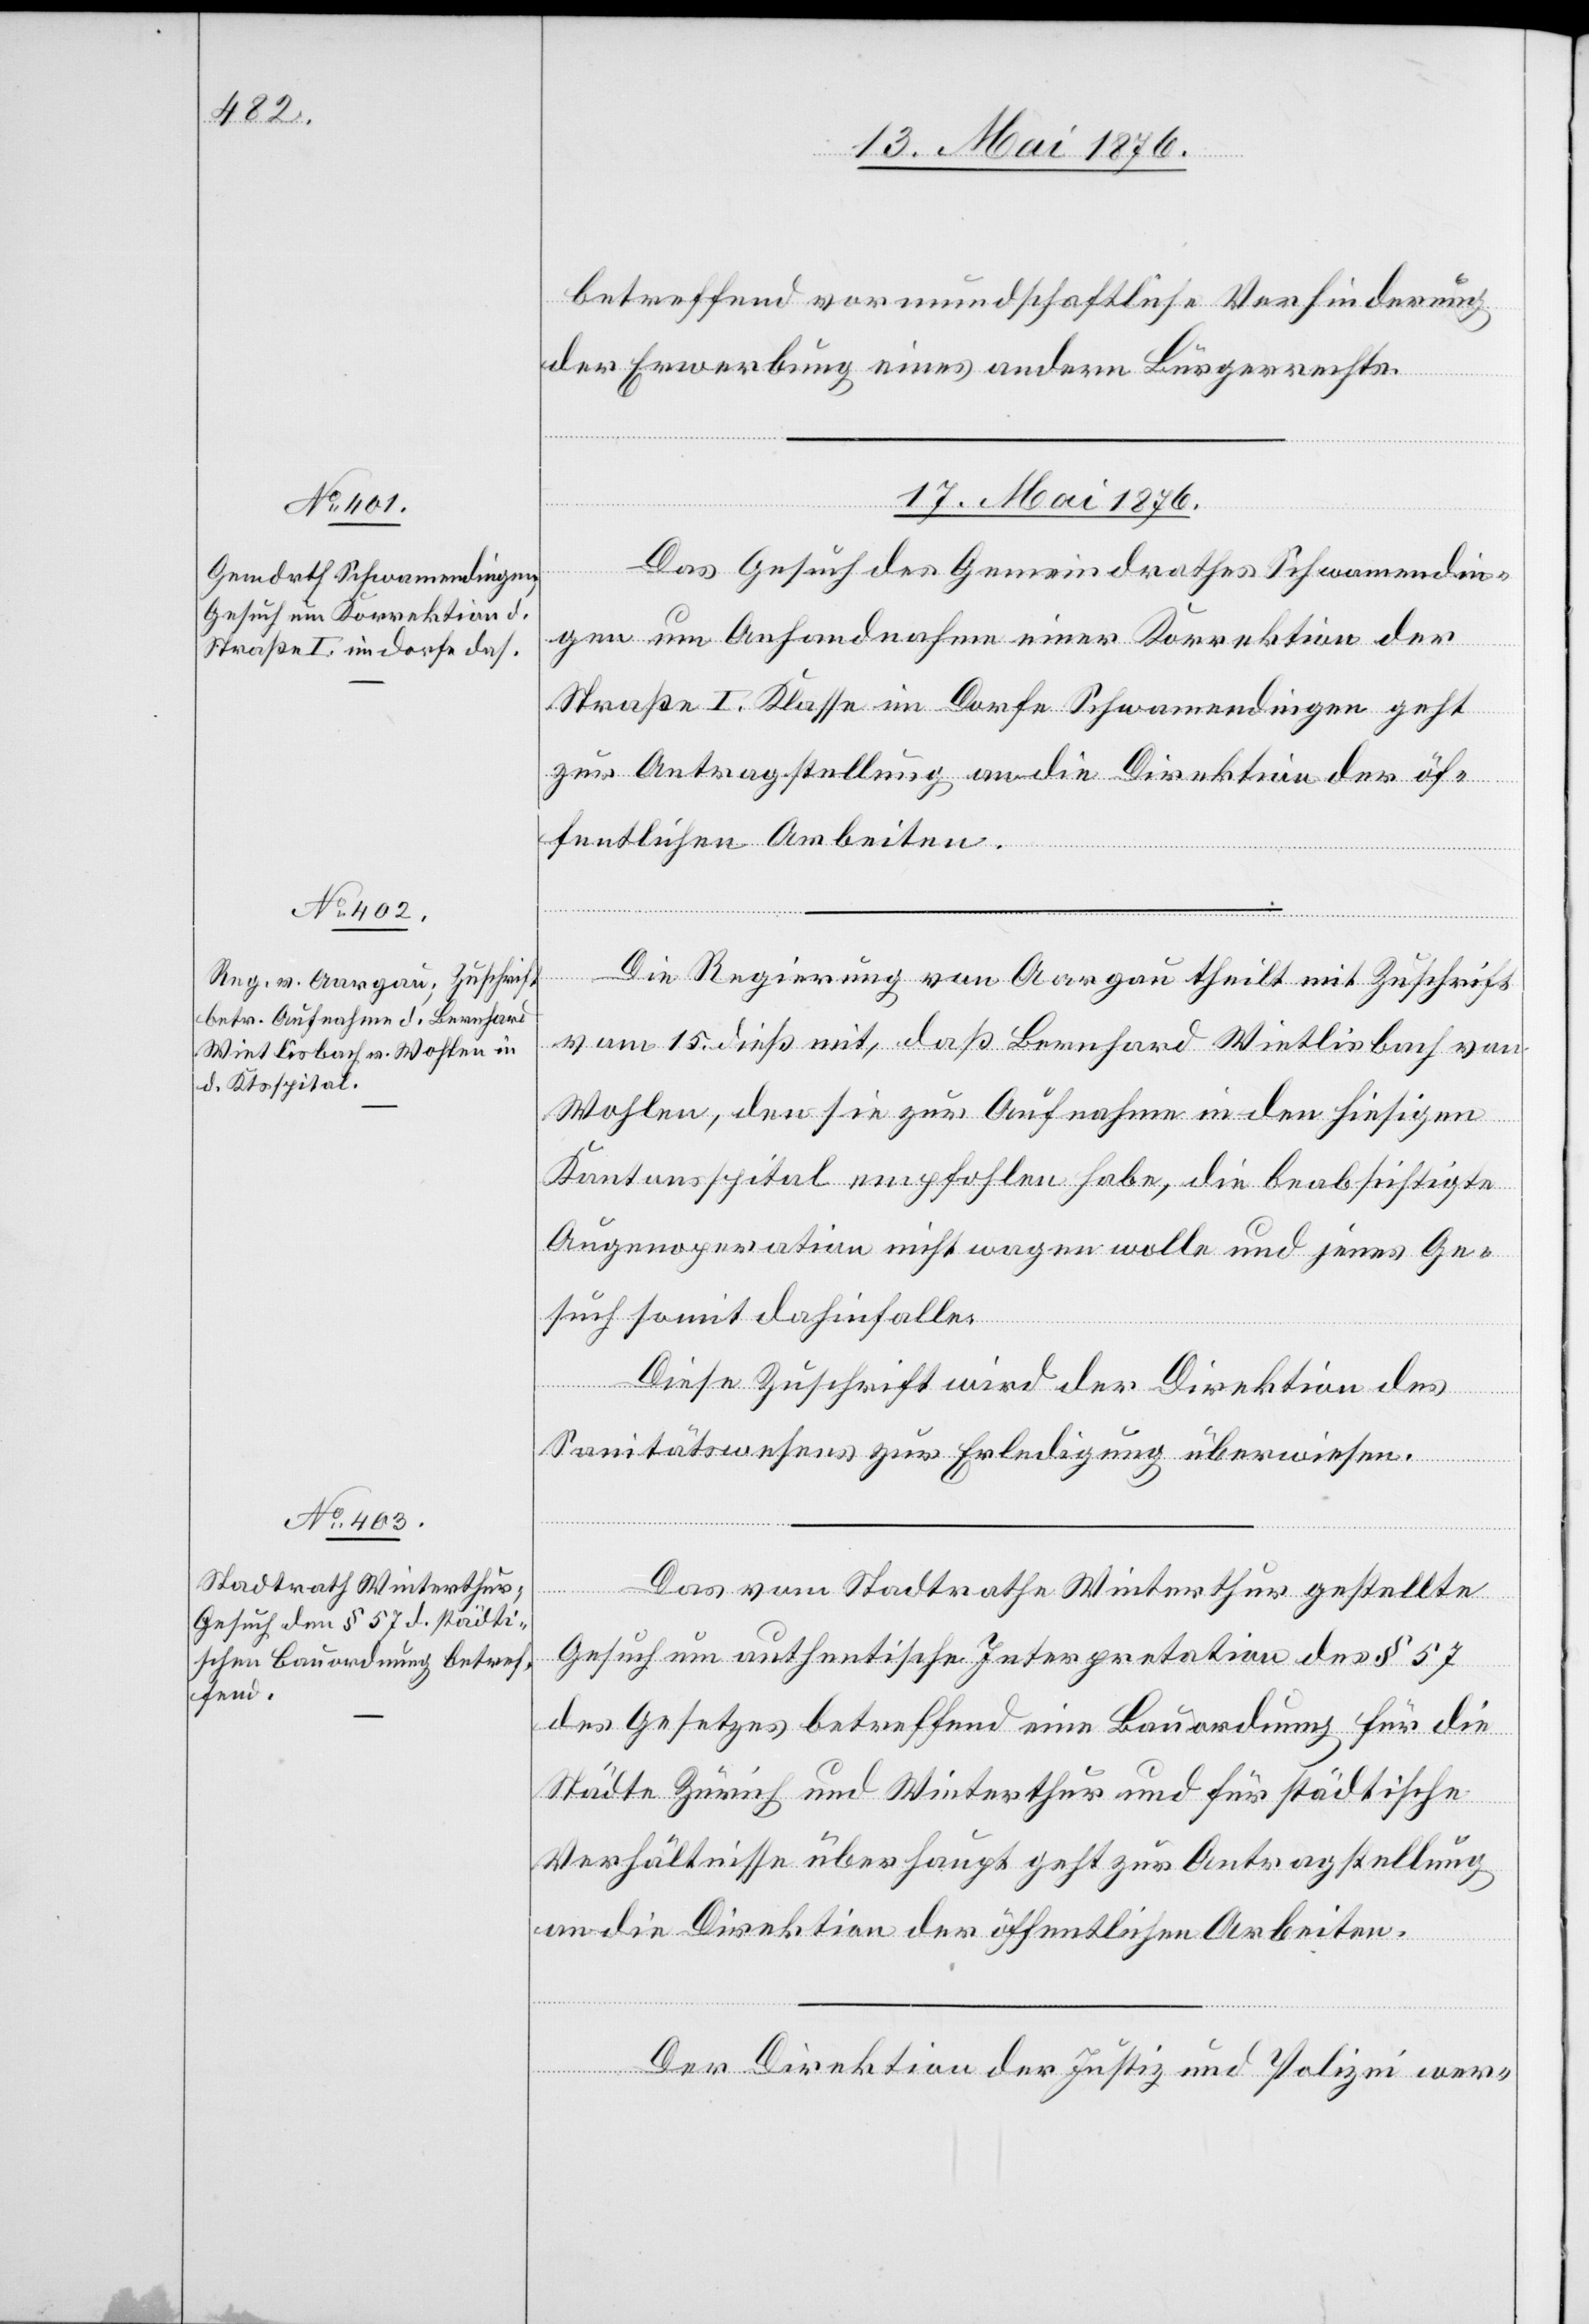
betreffend vormundschaftliche Verhinderung
der Erwerbung eines andern Bürgerrechts.
17. Mai 1876.]
Das Gesuch des Gemeindrathes Schwamendin¬
gen um Anhandnahme einer Korrektion der
Straße I. Klasse im Dorfe Schwamendingen geht
zur Antragstellung an die Direktion der öf¬
fentlichen Arbeiten.
Die Regierung von Aargau theilt mit Zuschrift
vom 15. dies mit, daß Bernahrd Wietlisbach von
Wohlen, den sie zur Aufnahme in den hiesigen
Kantonsspital empfohlen habe, die beabsichtigte
Augenoperation nicht wagen wolle und jenes Ge¬
such somit dahinfalle.
Diese Zuschrift wird der Direktion des
Sanitätswesens zur Erledigung überwiesen.
rfügungen
Das vom Stadtrathe Winterthur gestellte
Gesuch um authentische Interpretation des § 57
des Gesetzes betreffend eine Bauordnung für die
Städte Zürich und Winterthur und für städtische
Verhältnisse überhaupt geht zur Antragstellung
an die Direktion der öffentlichen Arbeiten.
Der Direktion der Justiz und Polizei wer-